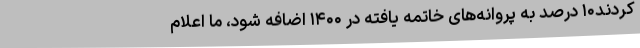
کردند۱۰ درصد به پروانه‌های خاتمه یافته در ۱۴۰۰ اضافه شود، ما اعلام